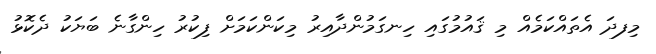
މިފދަ އެތައްކަމެއް މި ޤައުމުގައި ހިނގަމުންދާއިރު މިކަންކަމަށް ފިކުރު ހިންގާނެ ބަޔަކު ދެކޮޅު